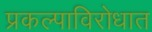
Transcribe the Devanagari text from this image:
प्रकल्पाविरोधात